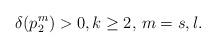
LaTeX: \begin{align*}\delta(p_2^m)>0, k\geq 2, \,m=s,l.\end{align*}